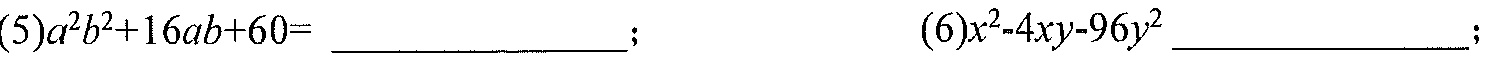
(5)\(a^{2}b^{2}+16ab + 60=\)_____________；  (6)\(x^{2}-4xy - 96y^{2}\)_____________；